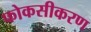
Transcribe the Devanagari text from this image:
फोकसीकरण